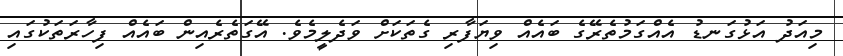
މިއަދު އަޅުގަނޑު އެއްގަމުތެރޭގެ ބައެއް ވިޔަފާރި ގެތަކަށް ވަދެލީމެވެ. އޭގަތެރެއިން ބައެއް ފިހާރަތަކުގައި